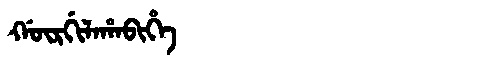
Manchu: ᡤᡡᡵᡤᡳᠯᠠᡥᠠᠪᡳᡥᡝ
Romanization: GŪRGILAHABIHE